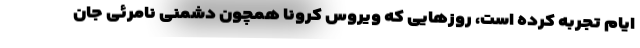
ایام تجربه کرده است، روزهایی که ویروس کرونا همچون دشمنی نامرئی جان